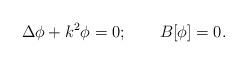
LaTeX: \begin{align*}\Delta \phi + k^2 \phi = 0; \qquad B[\phi] = 0.\end{align*}